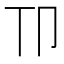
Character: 𫧹